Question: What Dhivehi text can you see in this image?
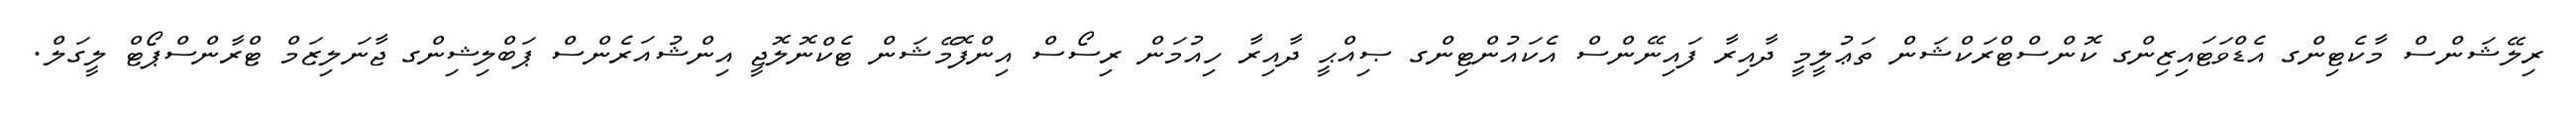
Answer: ރިލޭޝަންސް މާކެޓިންގ އެޑްވަޓައިޒިންގ ކޮންސްޓްރަކްޝަން ތަޢުލީމީ ދާއިރާ ފައިނޭންސް އެކައުންޓިންގ ޞިއްޙީ ދާއިރާ ހިއުމަން ރިސޯސް އިންފޮމޭޝަން ޓެކްނޮލޮޖީ އިންޝުއަރެންސް ޕަބްލިޝިންގ ޖާނަލިޒަމް ޓްރާންސްޕޯޓް ލީގަލް.